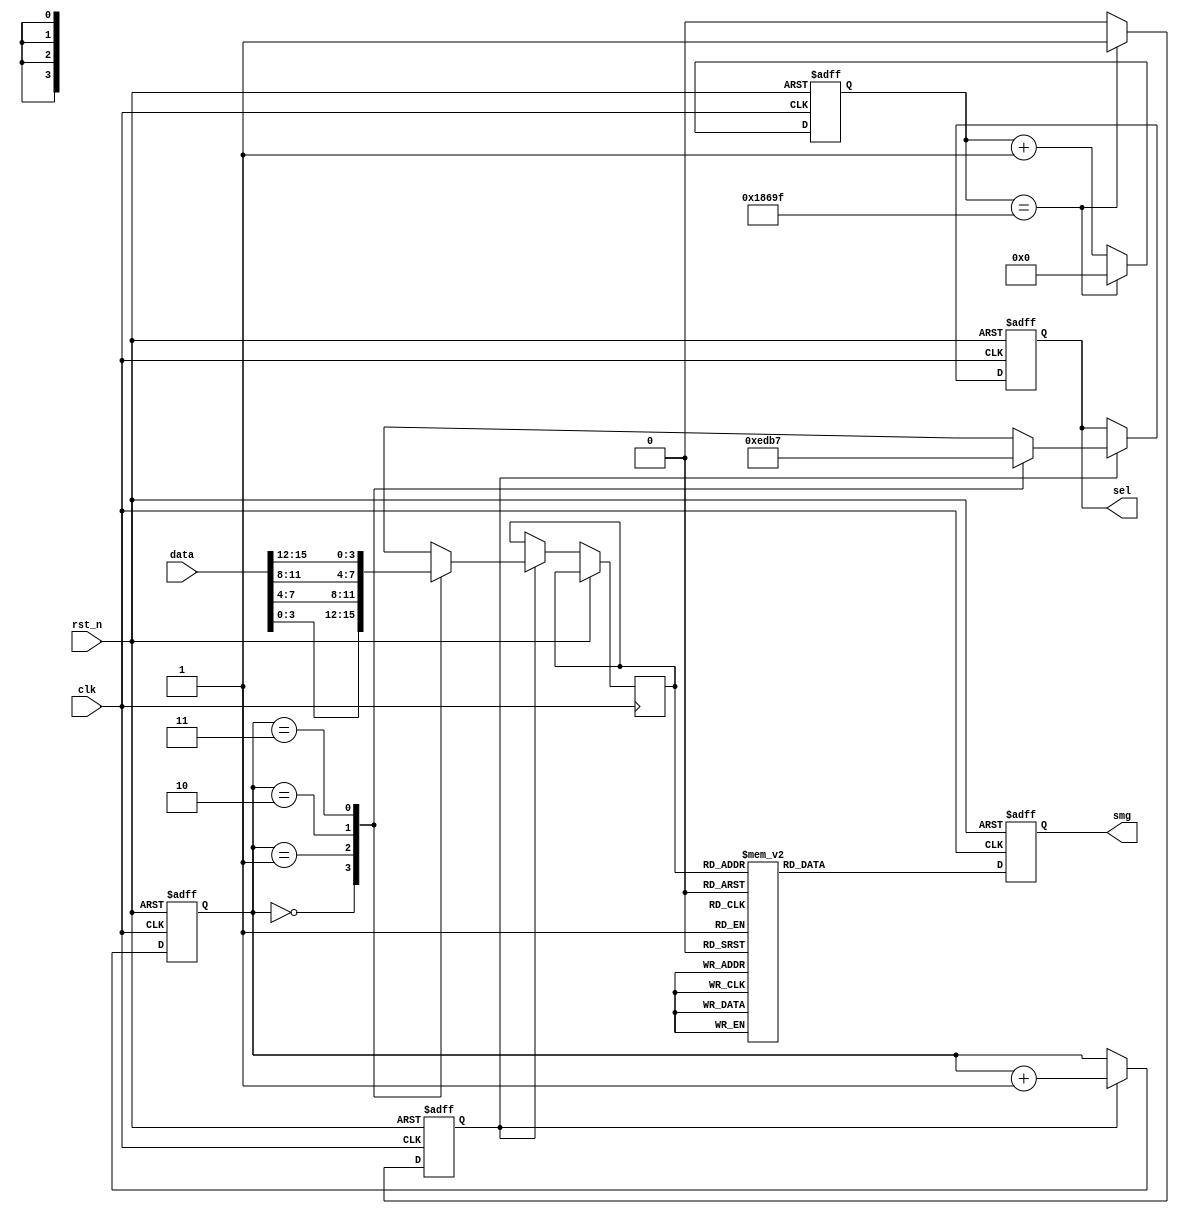
`timescale 1ns / 1ps
//////////////////////////////////////////////////////////////////////////////////
// Company: 
// Engineer: 
// 
// Design Name: 
// Module Name:    code 
// Project Name: 
// Target Devices: 
// Tool versions: 
// Description: 
//
// Dependencies: 
//
// Revision: 
// Revision 0.01 - File Created
// Additional Comments: 
//
//////////////////////////////////////////////////////////////////////////////////
module code(
	input clk,
	input rst_n,
	input [15:0] data,
	output reg [7:0] smg,
	output [3:0] sel
);

reg [3:0] isel;
reg [19:0] selcount;
reg selen;

reg [1:0] temp;
reg [3:0] num;

assign sel = isel;

always@(posedge clk or posedge rst_n)
begin
	if(rst_n)
	begin
		selcount <= 20'd0;
		selen <= 0;
	end
	else if(selcount == 20'd99_999)
	begin
		selcount <= 20'd0;
		selen <= 1;
	end
	else
	begin
		selcount <= selcount + 20'h1;
		selen <= 0;
	end
end

always@(posedge clk or posedge rst_n)
begin
	if(rst_n)
	begin
		isel <= 4'b1111;
		smg <= 8'b1111_1111;
		temp <= 2'b00;
	end
	else
	begin
		if(selen)
		begin
			case(temp)
				2'h0:
				begin
					isel<=4'b1110;
					num<=data[3:0];
				end
				2'h1:
				begin
					isel<=4'b1101;
					num<=data[7:4];
				end
				2'h2: 
				begin
					isel<=4'b1011;
					num<=data[11:8];
				end
				2'h3:
				begin
					isel<=4'b0111;
					num<=data[15:12];
				end
				default:
				begin
					isel<=4'b1111;
					num<=4'hF;
				end
			endcase
			temp <= temp+1;
		end
		case(num)
			4'h0: smg = 8'b0000_0011;
			4'h1: smg = 8'b1001_1111;
			4'h2: smg = 8'b0010_0101;
			4'h3: smg = 8'b0000_1101;
			4'h4: smg = 8'b1001_1001;
			4'h5: smg = 8'b0100_1001;
			4'h6: smg = 8'b0100_0001;
			4'h7: smg = 8'b0001_1111;
			4'h8: smg = 8'b0000_0001;
			4'h9: smg = 8'b0000_1001;
			4'hA: smg = 8'b0011_1001; //character:o
			default: smg = 8'b1111_1111;
		endcase
	end
end


endmodule